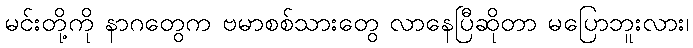
မင်းတို့ကို နာဂတွေက ဗမာစစ်သားတွေ လာနေပြီဆိုတာ မပြောဘူးလား၊